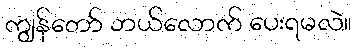
ကျွန်တော် ဘယ်လောက် ပေးရမလဲ။